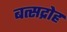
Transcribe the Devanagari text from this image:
बत्सद्रोह